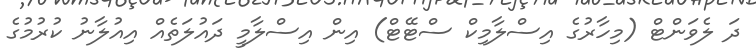
ދަ ލެވަންޓް (މިހާރުގެ އިސްލާމިކް ސްޓޭޓް) އިން އިސްލާމީ ދައުލަތެއް އިއުލާނު ކުރުމުގެ